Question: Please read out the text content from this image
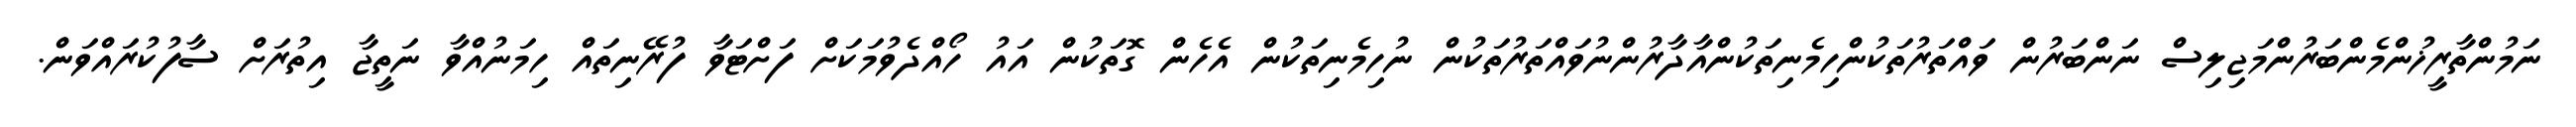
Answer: ނަމުންތާރީޚުންމެންބަރުންމަޖިލިސް ނަންބަރުން ވައްތަރުތަކުންހިމެނިތަކުންއާދާރުންނުވައްތަރުތަކުން ނުހިމެނިތަކުން އެހެން ގޮތަކުން އައު ހޯއްދެވުމަކަށް ފަށްޓަވާ ފުރޭނިތައް ހިމަނުއްވާ ނަތީޖާ އިތުރަށް ސާފުކުރައްވަން.